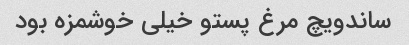
ساندویچ مرغ پستو خیلی خوشمزه بود